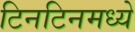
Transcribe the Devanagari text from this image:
टिनटिनमध्ये